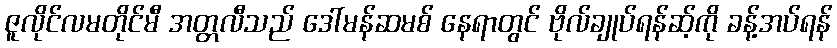
ဇူလိုင်လမတိုင်မီ အတ္တလီသည် ဒေါ်မန်ဆမစ် နေရာတွင် ဗိုလ်ချုပ်ရန်ဆ့်ကို ခန့်အပ်ရန်